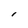
Character: I